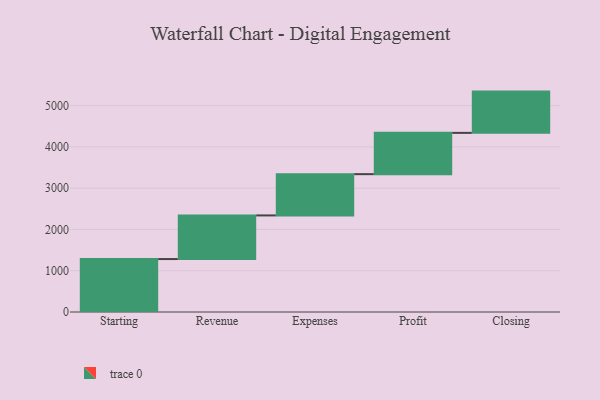
{"axis": {"x": "Step", "y": "Value"}, "legend": [""], "data": [{"x": "Starting", "y": 1283.0, "type": ""}, {"x": "Revenue", "y": 1057.0, "type": ""}, {"x": "Expenses", "y": 1000, "type": ""}, {"x": "Profit", "y": 1000, "type": ""}, {"x": "Closing", "y": 1000, "type": ""}]}